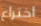
اختراع